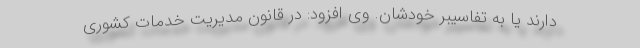
دارند یا به تفاسیبر خودشان. وی افزود: در قانون مدیریت خدمات کشوری